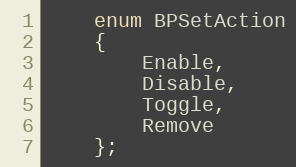
Language: C
    enum BPSetAction
    {
        Enable,
        Disable,
        Toggle,
        Remove
    };